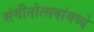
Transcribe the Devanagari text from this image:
संगीतोत्सवांमध्ये